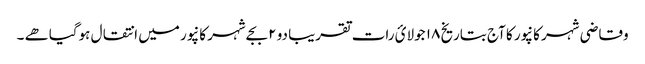
وقاضی شہر کانپور کا آج بتاریخ ۱۸ جولائ رات تقریبا دو ۲ بجےشہر کانپور میں انتقال ہوگیاھے ۔